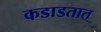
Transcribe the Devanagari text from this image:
कडाडतात